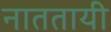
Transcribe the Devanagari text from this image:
नाततायी